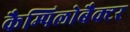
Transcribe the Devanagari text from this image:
कैम्पिलोबैक्टर